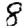
Digit: 8